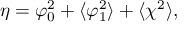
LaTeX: \eta = \varphi _ { 0 } ^ { 2 } + \langle \varphi _ { 1 } ^ { 2 } \rangle + \langle \chi ^ { 2 } \rangle ,